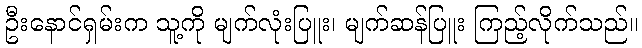
ဦးနောင်ရှမ်းက သူ့ကို မျက်လုံးပြူး၊ မျက်ဆန်ပြူး ကြည့်လိုက်သည်။